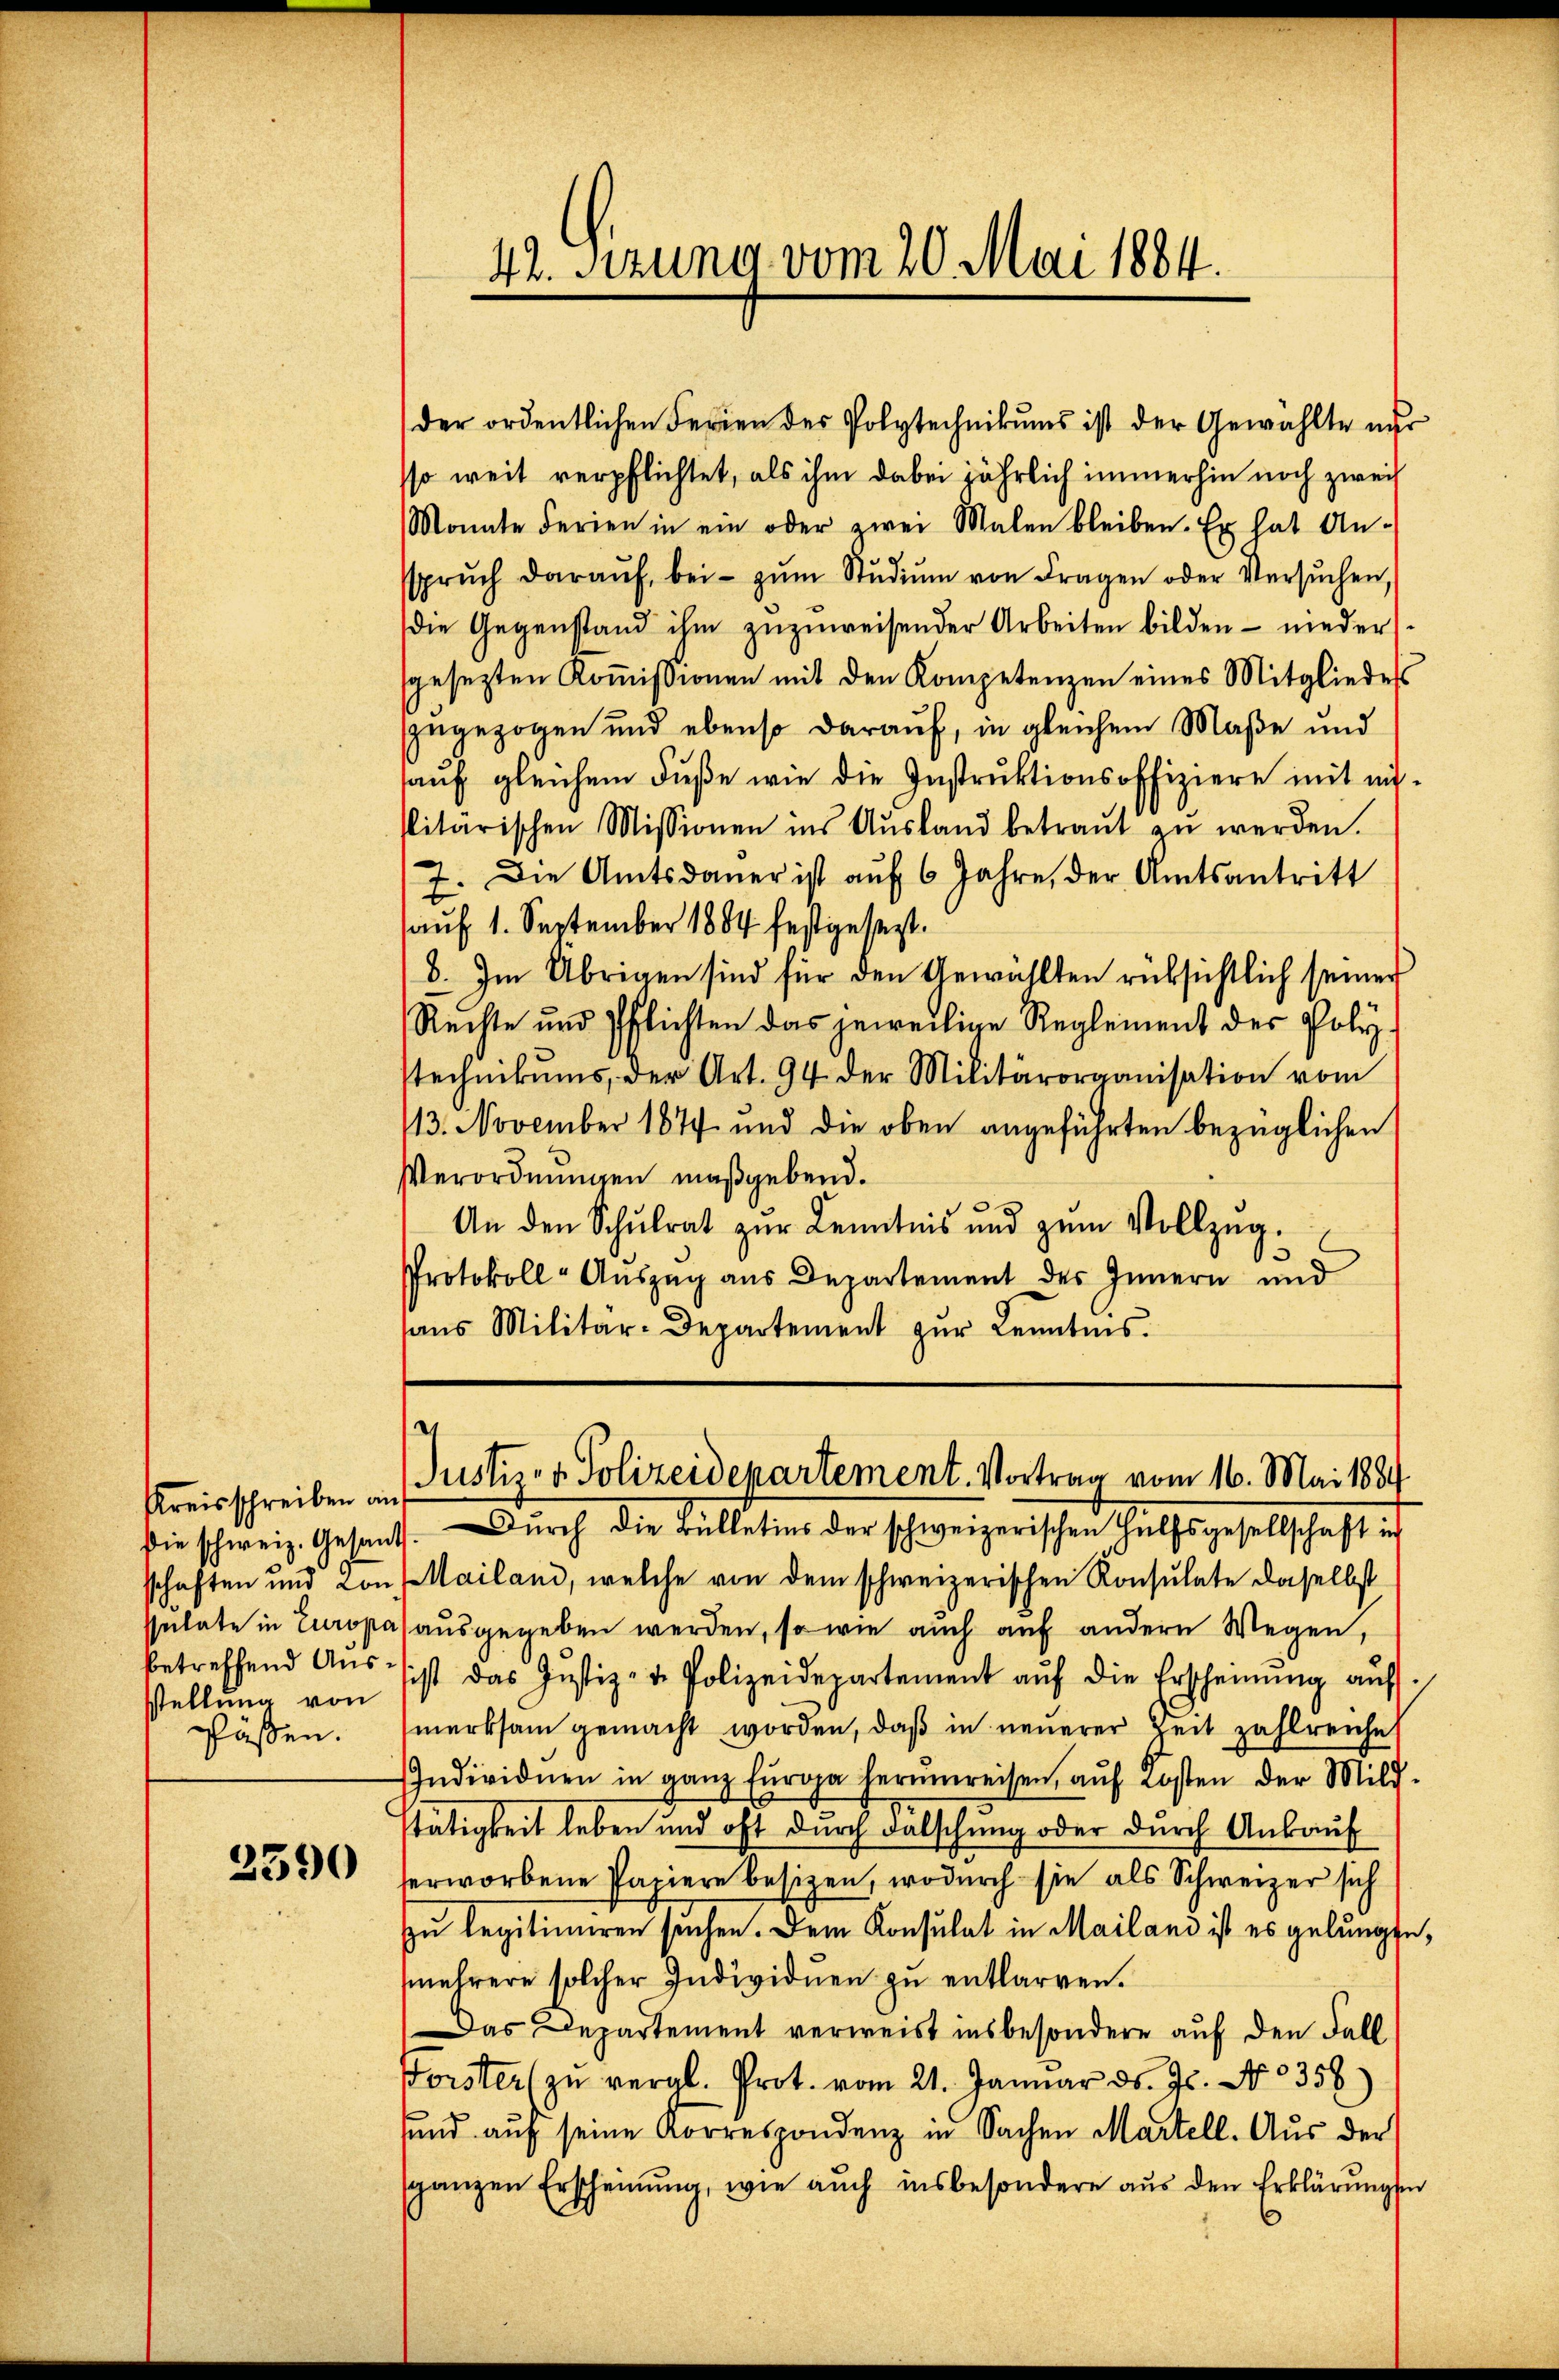
sstellung von
pässen.

2390

der ordentlichen Ferien der Polytechnikums ist der Gewählte nur
sso weit verpflichtet, als ihm dabei jährlich immerhin noch zwei
Monate Ferien in ein oder zwei Malen bleiben. Es hat An-
sprŭch daraŭf, bei zŭm Stŭdiŭm von Fragen oder Versŭchen,
die Gegenstand ihm zuzuweisender Arbeiten bilden – nieder
gesezten Koṁissionen mit den Kompetenzen eines Mitglieder
zugezogen und ebenso darauf, in gleichem Maße und
auf gleichem Fuße wie die Instruktionsoffiziere mit eislitärischen Missionen ins Aŭsland betraŭt zŭ werden.
7. Die Amtsdaŭer ist aŭf 6 Jahre, der Amtsantritt
auf 1. September 1884 festgesezt.
8. Im Übrigen sind für den Gewählten rüksichtlich seiner
Rechte und Pflichten das jeweilige Reglement der Polystechnikums, der Art. 94 der Militärorganisation vom
113. November 1877 und die oben angeführten bezüglichen
Verordnungen maßgebend.
An den Schulrat zur Kenntnis und zum Vollzug¬
Protokoll-Auszug aus Departement des Innern und
haŭs Militär-Departement zŭr Kenntnis.

42. Sizung vom 20. Mai 1884.

Kreisschreiben in Justiz- & Polizeidepartement. Vortrag vom 16. Mai 1884

Die schweiz. Gesant. Durch die Bülletins der schweizerischen Hülfsgesellschaft ich
schaften und Kon Mailand, welche von dem schweizerischen Konsulate daselbst
sulate in Europa ausgegeben werden, so wie auch auf andern Wegen,
betreffend Aŭssist das Justiz- & Polizeidepartement aŭf die Erscheinŭng aŭf
merksam gemacht worden, daß in neuerer Zeit zahlreiche
Individuen in ganz Europa herumreisen, aŭf Kosten der Mild-
tätigkeit leben und oft durch Falschung oder durch Ankaŭf
erworbene Papiere besizen, wodurch sie als Schweizer sich
zu legitimiren suchen. Dem Konsulat in Mailand ist es gelangte,
(mehrere solcher Individuen zu entlarren.
Das Departement verweist insbesondere auf den Fall
Forster zŭ vergl. Prot. vom 21. Januar d. Js. No. 358)
und auf seine Korrespondenz in Sachen Martell. Aus der
sganzen Erscheinung, wie auch insbesondere aus den Erklärungen